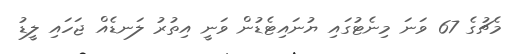
މެޗުގެ 67 ވަނަ މިނެޓުގައި ޔުނައިޓެޑުން ވަނީ އިތުރު ލަނޑެއް ޖަހައި ލީޑު